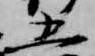
五